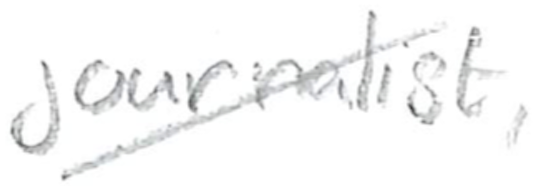
Text: journalist,
Cross-out: diagonal
Writing tool: pencil